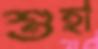
শুহা